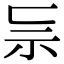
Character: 𥘈